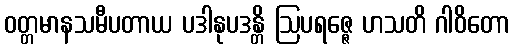
ဝတ္တမာနသမီပတာယ ပဒါနုပဒန္တိ ဩပရဇ္ဇေ ဟသတိ ဂါဝိတော